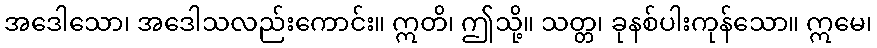
အဒေါသော၊ အဒေါသလည်းကောင်း။ ဣတိ၊ ဤသို့။ သတ္တ၊ ခုနစ်ပါးကုန်သော။ ဣမေ၊